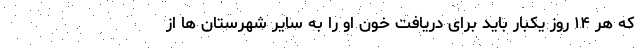
که هر ۱۴ روز یکبار باید برای دریافت خون او را به سایر شهرستان ها از